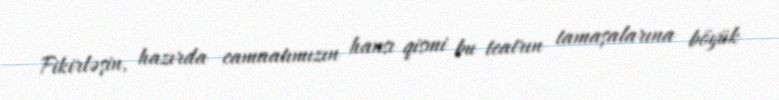
Fikirləşin, hazırda camaatımızın hansı qismi bu teatrın tamaşalarına böyük